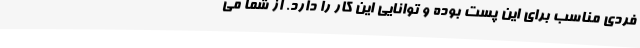
فردی مناسب برای این پست بوده و توانایی این کار را دارد. از شما می